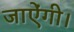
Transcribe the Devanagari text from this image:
जाऐंगी।